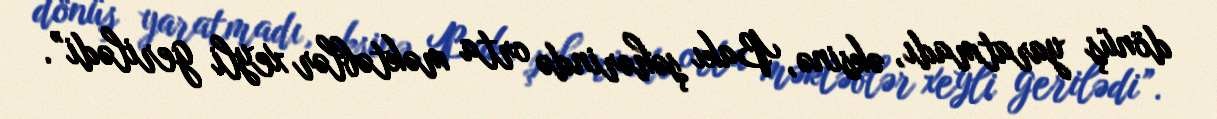
dönüş yaratmadı, əksinə, Bakı şəhərində orta məktəblər xeyli gerilədi”.